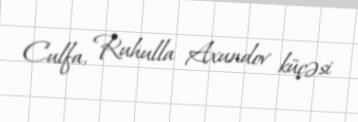
Culfa, Ruhulla Axundov küçəsi